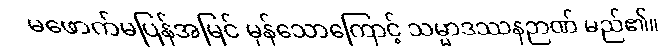
မဖောက်မပြန်အမြင် မှန်သောကြောင့် သမ္မာဒဿနဉာဏ် မည်၏။